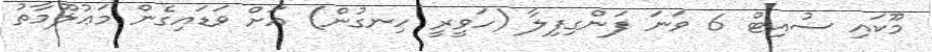
މޫކައި ސުއިޓް 6 ވަނަ ފަންގިފިލާ (ހަވީރީ ހިނގުން) އަށް ވަޑައިގެން މަޢުލޫމާތު